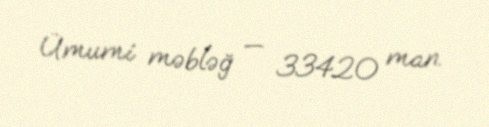
Ümumi məbləğ — 33420 man.